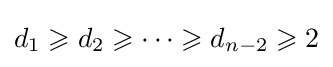
d_{1}\geqslant d_{2}\geqslant \cdots \geqslant d_{n-2}\geqslant 2